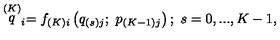
\stackrel { \left( K \right) } { q } _ { i } = f _ { \left( K \right) i } \left( q _ { \left( s \right) j } ; \ p _ { \left( K - 1 \right) j } \right) ; \ s = 0 , . . . , K - 1 ,